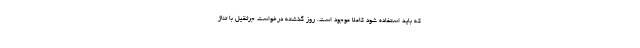
که باید استفاده شود کاملا موجود است. روز گذشته درخواست جرثقیل با تناژ